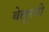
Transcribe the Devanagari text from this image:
बेलूरची